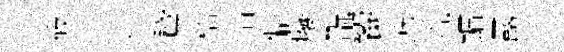
筱本井鵞桮惜僻癈翫饗飭荒鏞露